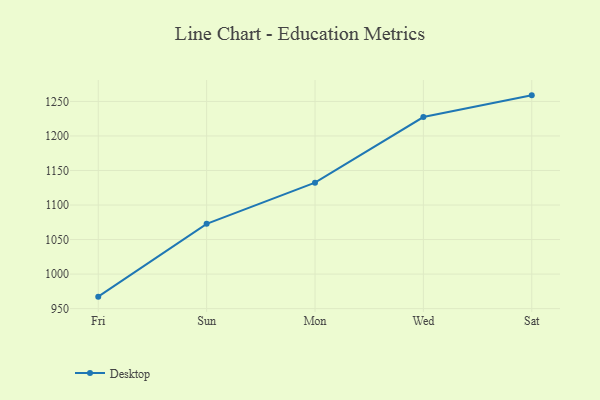
{"axis": {"x": "Day", "y": "Inventory Turnover"}, "legend": ["Desktop"], "data": [{"x": "Fri", "y": 967.3, "type": "Desktop"}, {"x": "Sun", "y": 1072.8, "type": "Desktop"}, {"x": "Mon", "y": 1132.4, "type": "Desktop"}, {"x": "Wed", "y": 1227.4, "type": "Desktop"}, {"x": "Sat", "y": 1258.8, "type": "Desktop"}]}